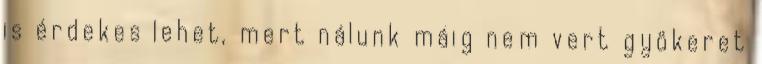
is érdekes lehet, mert nálunk máig nem vert gyökeret